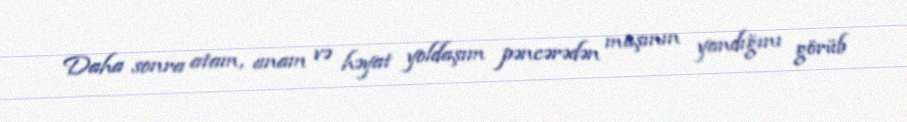
Daha sonra atam, anam və həyat yoldaşım pəncərədən maşının yandığını görüb